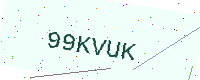
Text: 99KVUK